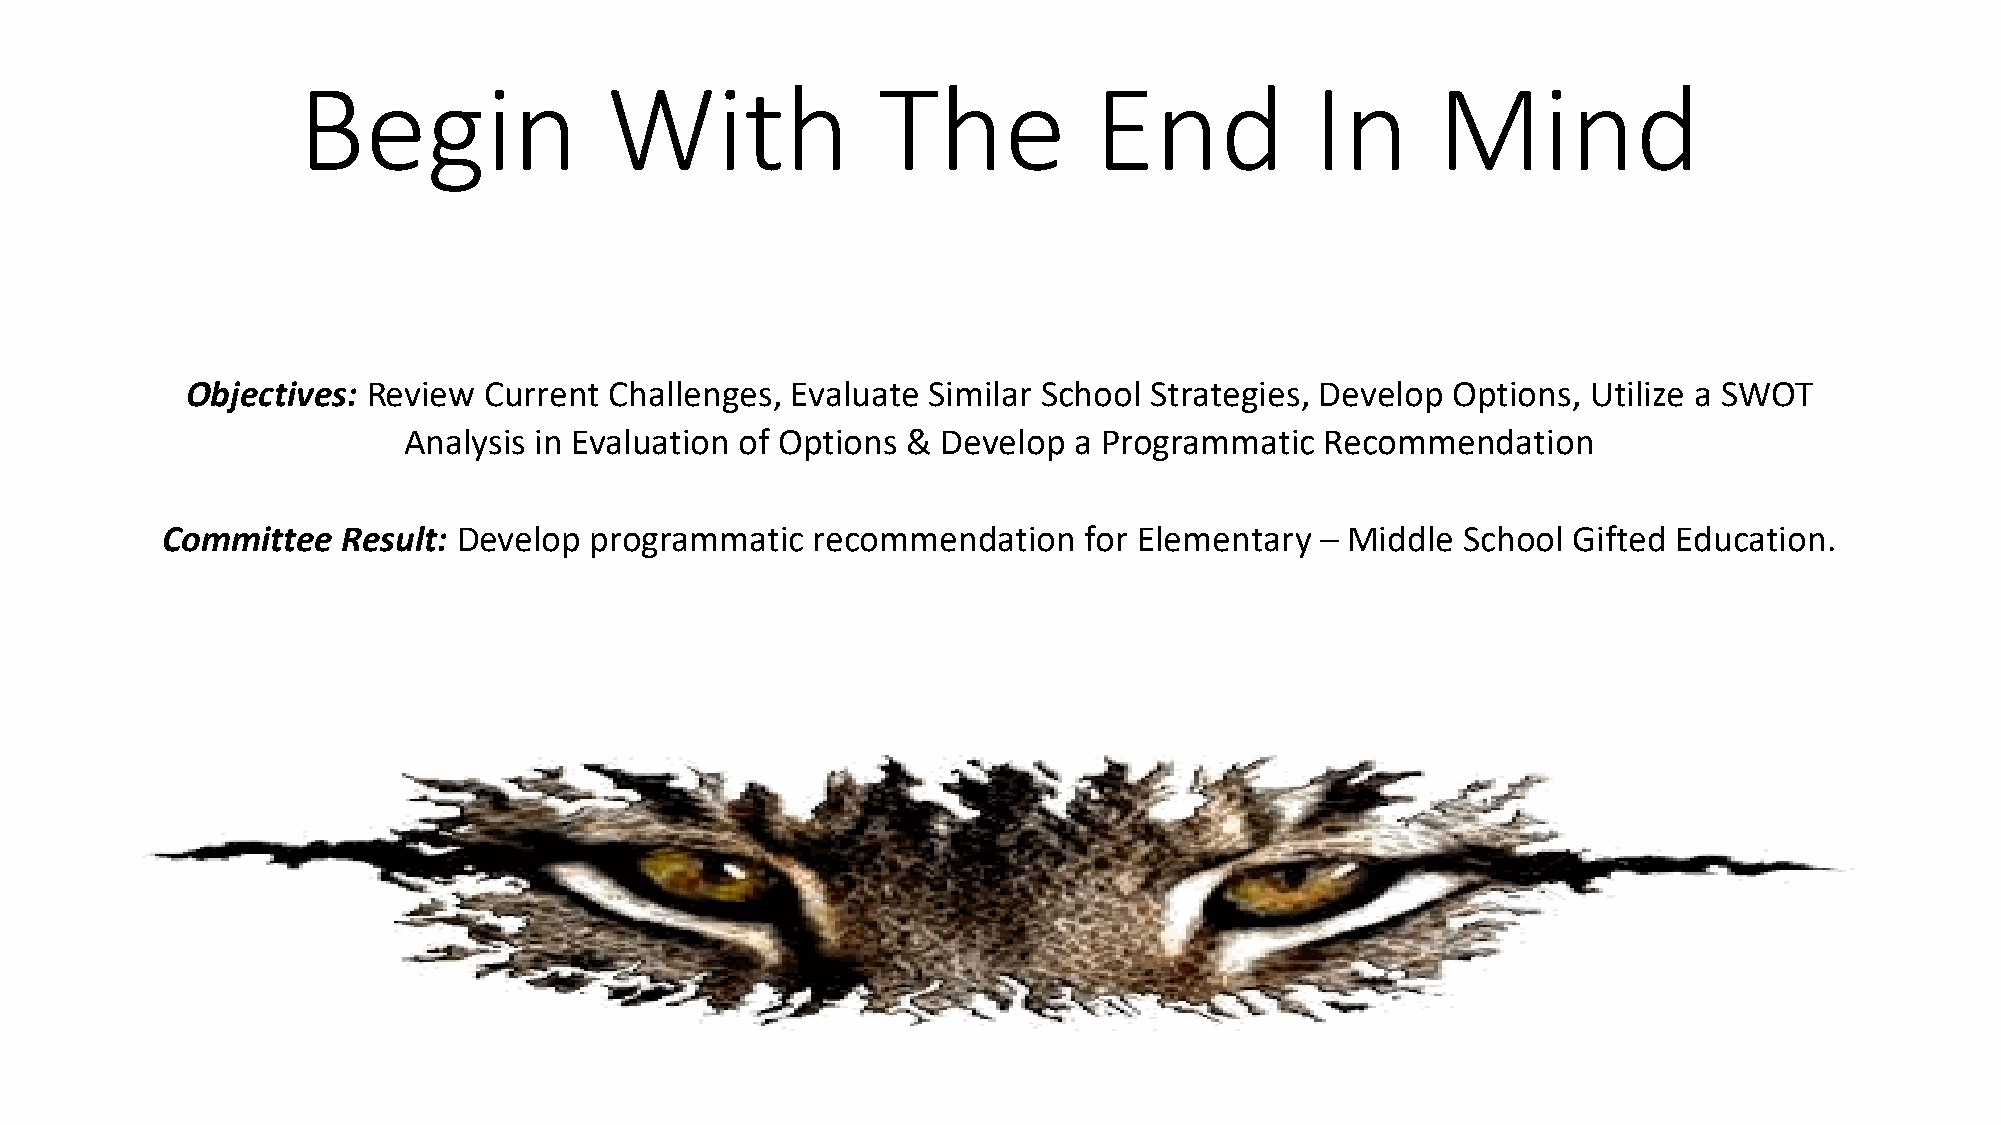
Begin               With              The           End            In      Mind
 Objectives: Review  Current Challenges, Evaluate Similar School Strategies, Develop Options, Utilize a SWOT
 Analysis in Evaluation of Options & Develop a Programmatic   Recommendation
 Committee   Result: Develop programmatic   recommendation    for Elementary – Middle  School Gifted Education.